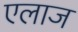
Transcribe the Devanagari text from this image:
एलाज